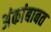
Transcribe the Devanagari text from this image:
अंकांबाबत